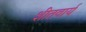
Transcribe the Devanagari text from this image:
शीतवार्य